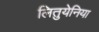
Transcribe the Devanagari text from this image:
लितुयेनिया